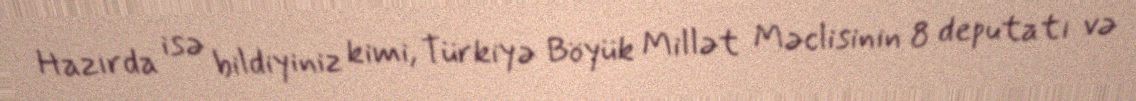
Hazırda isə bildiyiniz kimi, Türkiyə Böyük Millət Məclisinin 8 deputatı və